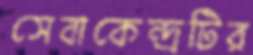
সেবাকেন্দ্রটির